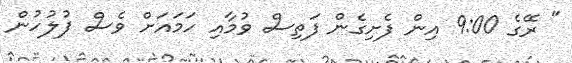
" ރޭގެ 9:00 އިން ފެށިގެން ފަތިސް ވުމާއި ހަމައަށް ވެސް ފުލުހުން